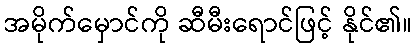
အမိုက်မှောင်ကို ဆီမီးရောင်ဖြင့် နိုင်၏။